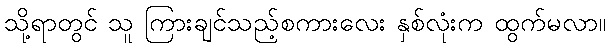
သို့ရာတွင် သူ ကြားချင်သည့်စကားလေး နှစ်လုံးက ထွက်မလာ။